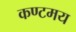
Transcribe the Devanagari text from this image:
कण्टमय